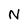
Character: N